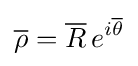
{\overline {\mathbf {\rho } }}={\overline {R}}\,e^{i{\overline {\theta }}}